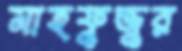
মাহফুজুর